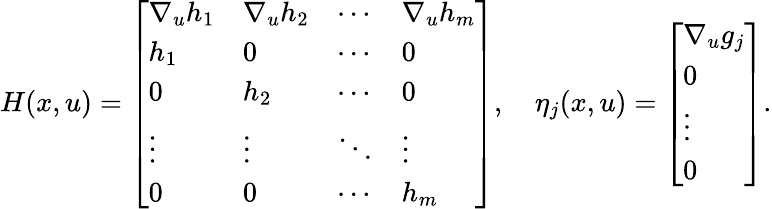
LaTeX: H(x,u)=\left[\begin{array}{llll}{\nabla_{u}h_{1}}&{\nabla_{u}h_{2}}&{\cdots}&{\nabla_{u}h_{m}}\\ {h_{1}}&{0}&{\cdots}&{0}\\ {0}&{h_{2}}&{\cdots}&{0}\\ {\vdots}&{\vdots}&{\ddots}&{\vdots}\\ {0}&{0}&{\cdots}&{h_{m}}\end{array}\right],\quad\eta_{j}(x,u)=\left[\begin{array}{l}{\nabla_{u}g_{j}}\\ {0}\\ {\vdots}\\ {0}\end{array}\right].